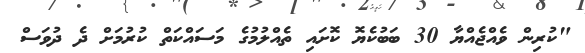
"ކުރިން ވެއްޖެއްޔާ 30 ބަބުކެޔޮ ކޮށައި ތެއްލުމުގެ މަސައްކަތް ކުރުމަށް ދެ ދުވަސް